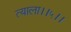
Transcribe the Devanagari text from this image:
त्याला।।५।।